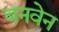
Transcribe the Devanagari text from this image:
बनवेन